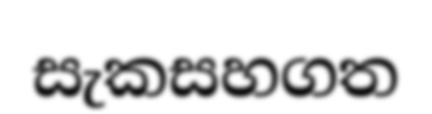
සැකසහගත